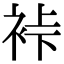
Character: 裃